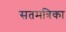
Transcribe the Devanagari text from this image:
सतमत्रिका